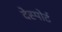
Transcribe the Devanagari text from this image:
देस्पोर्ट